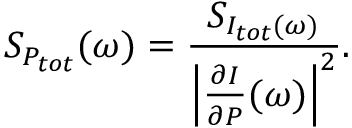
S _ { P _ { t o t } } ( \omega ) = \frac { S _ { I _ { t o t } ( \omega ) } } { \left| \frac { \partial I } { \partial P } ( \omega ) \right| ^ { 2 } } .